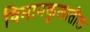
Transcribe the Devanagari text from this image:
विमानकुलातील